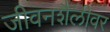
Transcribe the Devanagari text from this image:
जीवनशैलीवर